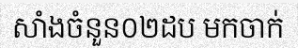
សាំងចំនួន០២ដប មកចាក់